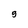
Character: g